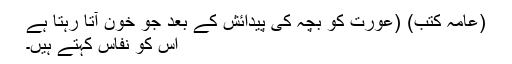
(عامہ کُتُب) (عورت کو بچّہ کی پیدائش کے بعد جو خون آتا رہتا ہے
اس کو نَفاس کہتے ہیں۔